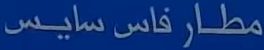
مطار فاس سايس